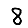
Digit: 8